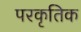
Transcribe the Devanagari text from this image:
परकृतिक